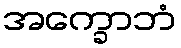
အက္ခောဘံ